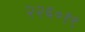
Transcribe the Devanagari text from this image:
२२६०१९